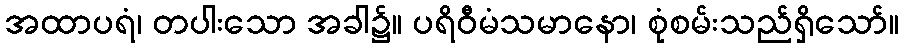
အထာပရံ၊ တပါးသော အခါ၌။ ပရိဝီမံသမာနော၊ စုံစမ်းသည်ရှိသော်။